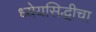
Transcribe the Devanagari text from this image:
ध्येयसिद्धीचा